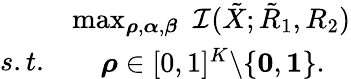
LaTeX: \begin{array}{rl}&{\operatorname*{max}_{\boldsymbol{\rho},\boldsymbol{\alpha},\boldsymbol{\beta}}\, \, \mathcal{I}({{{\tilde{X}}}};{{{\tilde{R}}}_{1}},{{{R}}_{2}})}\\ {s.t.}&{\begin{array}{rrll}&{\boldsymbol{\rho}\in[0,1]^{K}\backslash\{ \mathbf{0},\mathbf{1}\} .}\end{array}}\end{array}